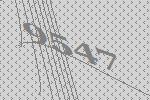
9547